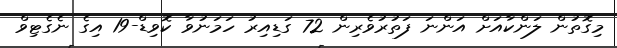
މިގޮތުން ލަންކާއަށް އަންނަ ފަތުރުވެރިން 72 ގަޑިއިރު ހަމަނުވާ ކޮވިޑް-19 އިގެ ނެގެޓިވް